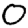
Digit: 0